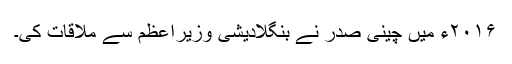
۲۰۱۶ء میں چینی صدر نے بنگلادیشی وزیراعظم سے ملاقات کی۔